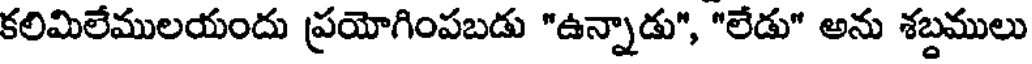
కలిమిలేములయందు ప్రయోగింపబడు "ఉన్నాడు", "లేడు" అను శబ్దములు